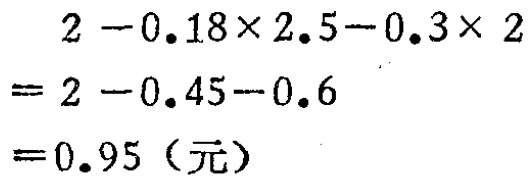
\[
\begin{align*}
&2 - 0.18\times2.5 - 0.3\times2\\
=&2 - 0.45 - 0.6\\
=&0.95（元）
\end{align*}
\]